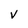
Character: V